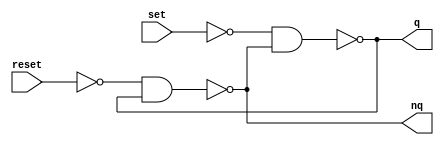
module m_rs_flipflop(set, reset, q, nq);
  input set,reset;
  output q,nq;
	assign q=~(~set & nq);
	assign nq=~(~reset & q);
endmodule


module m_counter( ck, res, q );
    input   ck, res;
    output  [3:0] q;
    reg     [3:0] q;

    always @( posedge ck or posedge res )
    begin
        if( res == 1'b1 )
            q <= 4'h0;
        else
            q <= q + 4'h1 ; 
    end
endmodule